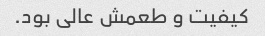
کیفیت و طعمش عالی بود.